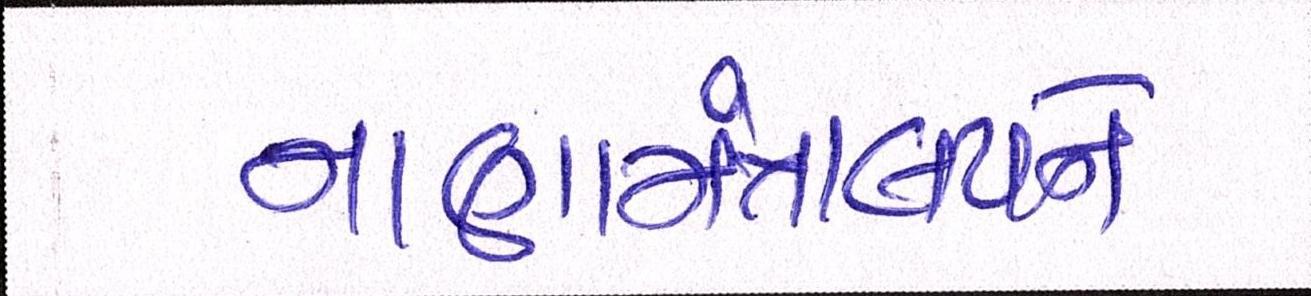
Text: નાણામંત્રાલયને